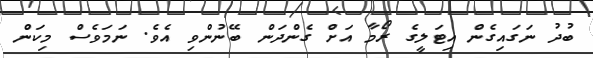
ބުދު ނަގައިގެން އިޓަލީގެ ރޯމާ އަށް ގެންދަން ބޭނުންވި އެވެ. ނަމަވެސް މިކަން